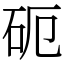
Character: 砈